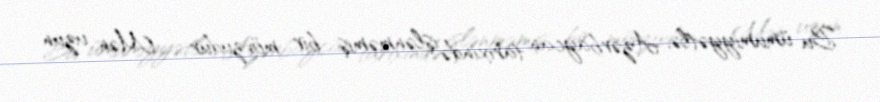
Bu ümumiyyətlə, Azərbaycan tarixində işlənməmiş bir mövzudur... - Mən uzun